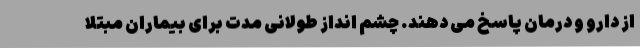
از دارو و درمان پاسخ می دهند. چشم انداز طولانی مدت برای بیماران مبتلا